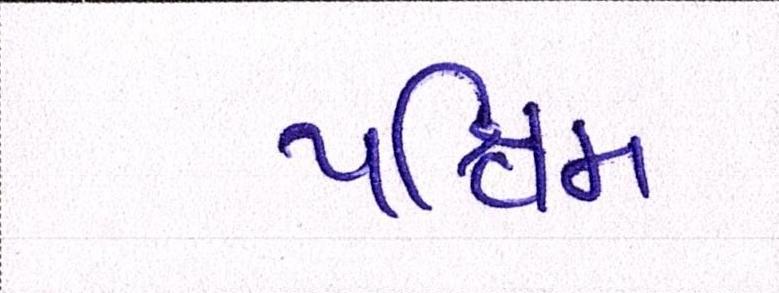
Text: પશ્ચિમ